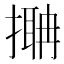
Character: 𢳞